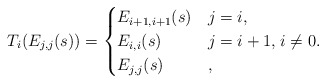
\begin{gather*}T_{i}(E_{j,j}(s)) = \begin{cases}E_{i+1,i+1}(s) & j=i, \\E_{i,i}(s) & j=i+1,\\E_{j,j}(s) \ &,\end{cases}i \neq 0.\end{gather*}